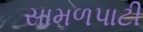
સામળપાટી